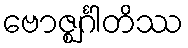
ဗောဇ္ဈင်္ဂါတိဿ